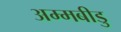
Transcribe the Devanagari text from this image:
अम्मबीडु